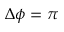
\Delta \phi = \pi